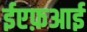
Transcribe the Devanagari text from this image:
ईएफ़आई